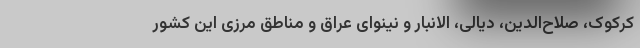
کرکوک، صلاح‌الدین، دیالی، الانبار و نینوای عراق و مناطق مرزی این کشور